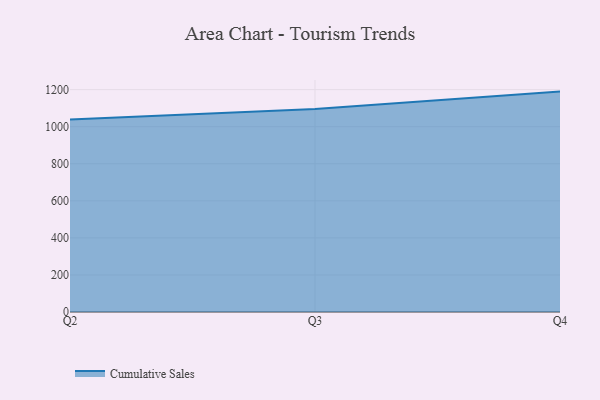
{"axis": {"x": "Quarter", "y": "Humidity (%)"}, "legend": ["Cumulative Sales"], "data": [{"x": "Q2", "y": 1038.9, "type": "Cumulative Sales"}, {"x": "Q3", "y": 1095.4, "type": "Cumulative Sales"}, {"x": "Q4", "y": 1189.4, "type": "Cumulative Sales"}]}